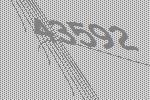
43592